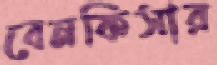
বেনকিসার